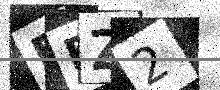
Text: FEZ2